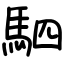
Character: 駟